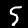
Label: 5